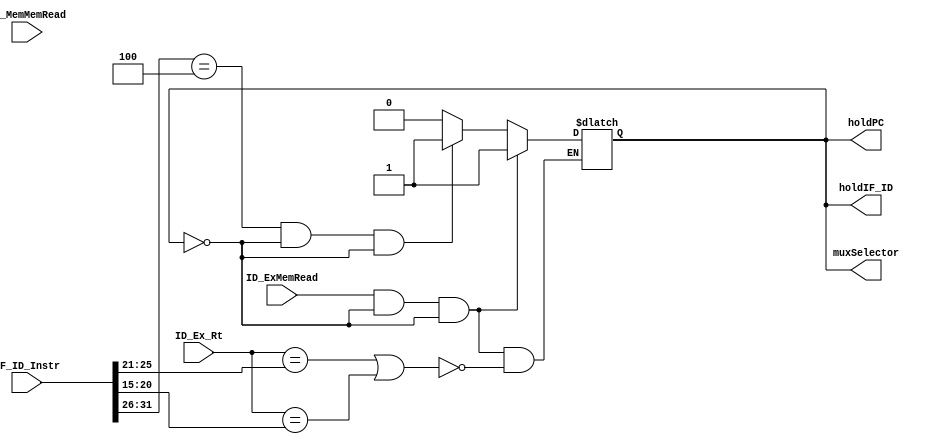
module HazardDetectionUnit(ID_ExMemRead,EX_MemMemRead,ID_Ex_Rt,IF_ID_Instr,holdPC,holdIF_ID,muxSelector);
  
  input ID_ExMemRead,EX_MemMemRead;
  input [4:0] ID_Ex_Rt;
  input [31:0] IF_ID_Instr;
  output reg holdPC, holdIF_ID, muxSelector;
  parameter beqOPcode=6'b000100;

  initial
	begin
	holdPC <= 0;
	holdIF_ID <= 0;
	muxSelector <= 0;
	end

  always@(ID_ExMemRead or ID_Ex_Rt or IF_ID_Instr)
    begin
      if (ID_ExMemRead && (holdPC == 1'b0) && (holdIF_ID == 1'b0))
        begin
          if(ID_Ex_Rt==IF_ID_Instr[25:21] || ID_Ex_Rt==IF_ID_Instr[20:15] )
            begin
              holdPC<=1;
              holdIF_ID<=1;
              muxSelector<=1;
            end
        end
      else if((IF_ID_Instr [31:26]==beqOPcode) && (holdPC == 1'b0) && (holdIF_ID == 1'b0))
        begin
          holdPC<=1;
          holdIF_ID<=1;
          muxSelector<=1;
        end
          
      else
        begin
          holdPC<=0;
          holdIF_ID<=0;
          muxSelector<=0;     
        end    
      
    end
  
  
endmodule